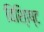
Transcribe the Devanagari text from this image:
विशि्ाष्ट